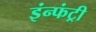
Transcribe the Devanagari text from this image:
इंन्फंट्री